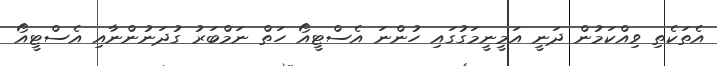
އެތަކެތި ވިއްކަމުން ދަނީ އަމީނީމަގުގައި ހުންނަ އެސްޓީއޯ ހަތް ނަމްބަރު ގުދަނުންނާއި އެސްޓީއޯ